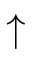
\uparrow